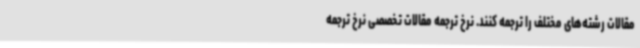
مقالات رشته‌های مختلف را ترجمه کنند. نرخ ترجمه مقالات تخصصی نرخ ترجمه